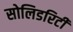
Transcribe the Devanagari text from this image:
सोलिडरिटी